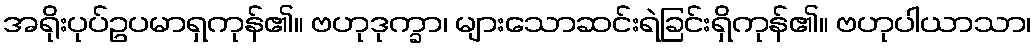
အရိုးပုပ်ဥပမာရှကုန်၏။ ဗဟုဒုက္ခာ၊ များသောဆင်းရဲခြင်းရှိကုန်၏။ ဗဟုပါယာသာ၊